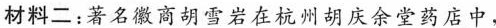
材料二：著名徽商胡雪岩在杭州胡庆余堂药店中，